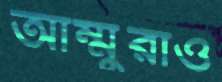
আম্মুরাও